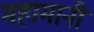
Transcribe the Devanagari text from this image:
महामानी